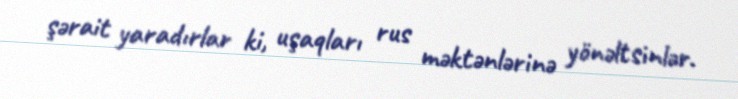
şərait yaradırlar ki, uşaqları rus məktənlərinə yönəltsinlər.